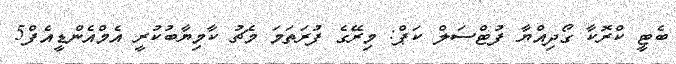
ބެޓީ ކްރޮކާ ގޯދިއްޔާ ފުޓްސަލް ކަޕް: މިރޭގެ ފުރަތަމަ މެޗު ކާމިޔާބުކުރީ އެމްއެންޑީއެފް5